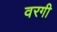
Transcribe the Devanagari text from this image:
वरगी